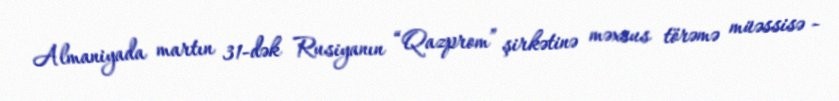
Almaniyada martın 31-dək Rusiyanın “Qazprom” şirkətinə məxsus törəmə müəssisə -